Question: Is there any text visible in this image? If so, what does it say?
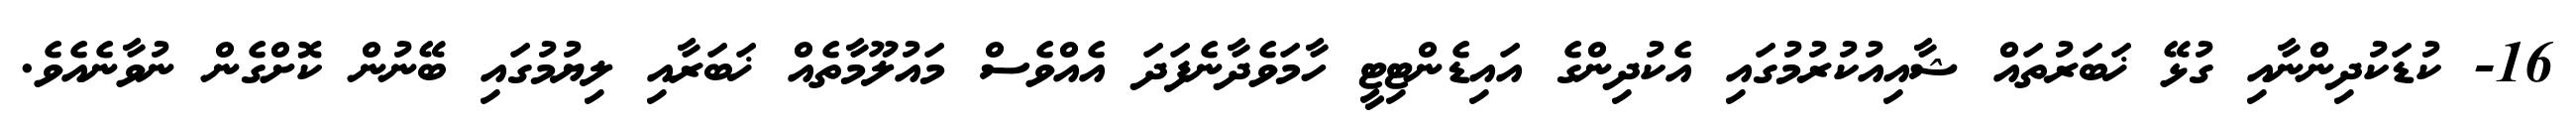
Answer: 16- ކުޑަކުދިންނާއި ގުޅޭ ޚަބަރުތައް ޝާއިއުކުރުމުގައި އެކުދިންގެ އައިޑެންޓިޓީ ހާމަވެދާނެފަދަ އެއްވެސް މައުލޫމާތެއް ޚަބަރާއި ލިޔުމުގައި ބޭނުން ކޮށްގެން ނުވާނެއެވެ.